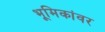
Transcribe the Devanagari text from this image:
भूमिकांवर